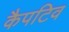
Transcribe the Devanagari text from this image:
कैपटिव